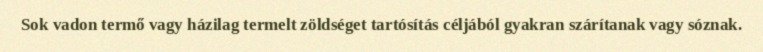
Sok vadon termő vagy házilag termelt zöldséget tartósítás céljából gyakran szárítanak vagy sóznak.